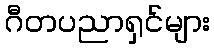
ဂီတပညာရှင်များ